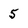
Character: 5